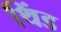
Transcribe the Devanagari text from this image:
थिंड